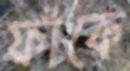
ফাঁকে